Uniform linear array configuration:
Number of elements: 4
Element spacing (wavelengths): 0.25
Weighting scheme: blackman
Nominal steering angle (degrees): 45
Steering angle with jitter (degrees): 43.021
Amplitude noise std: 0.05
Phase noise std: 0.05

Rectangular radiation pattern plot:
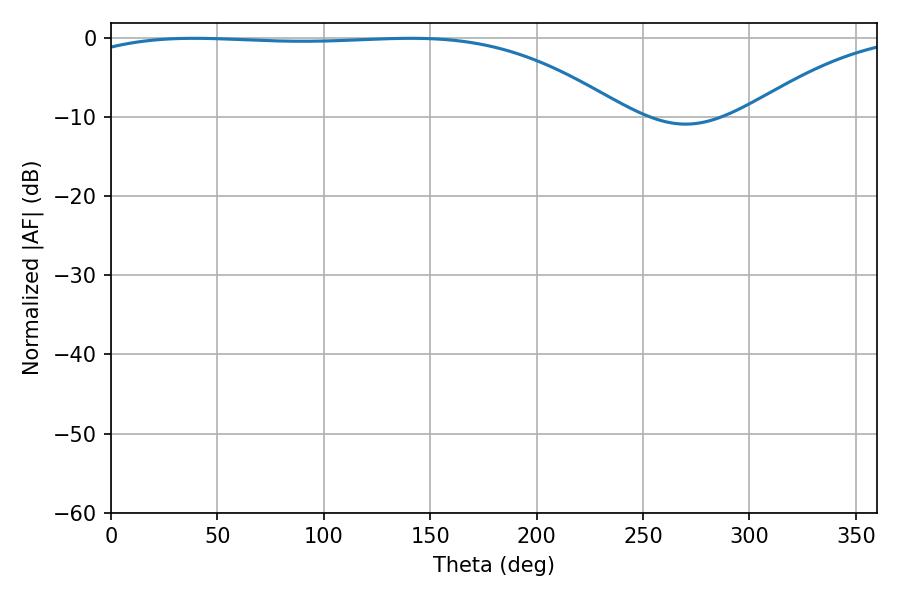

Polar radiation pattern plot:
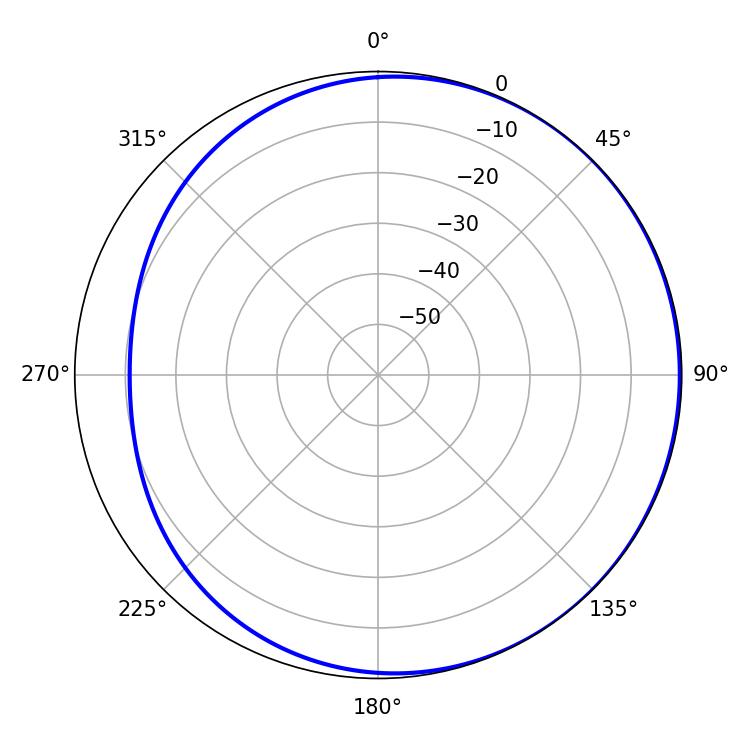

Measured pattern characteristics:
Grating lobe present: FALSE
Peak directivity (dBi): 1.283
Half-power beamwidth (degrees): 201.6
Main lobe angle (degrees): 39.06